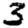
Digit: 3